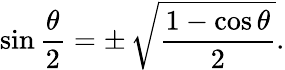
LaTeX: \sin{\frac{\theta}{2}}=\pm\, {\sqrt{\frac{1-\cos\theta}{2}}}.